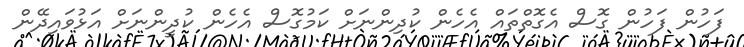
ފަހުން ފަހުން ގޮސް އެގޮތްތައް އެހެން ކުދިންނަށް ކަމުގޮސް އެހެން ކުދީންނަށް އަޅުވައިދޭން